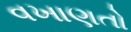
વખાણતો